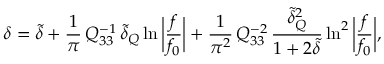
\delta = \tilde { \delta } + \frac { 1 } { \pi } \, Q _ { 3 3 } ^ { - 1 } \, \tilde { \delta } _ { Q } \ln { \bigg | \frac { f } { f _ { 0 } } \bigg | } + \frac { 1 } { \pi ^ { 2 } } \, Q _ { 3 3 } ^ { - 2 } \, \frac { \tilde { \delta } _ { Q } ^ { 2 } } { 1 + 2 \tilde { \delta } } \ln ^ { 2 } { \bigg | \frac { f } { f _ { 0 } } \bigg | } ,